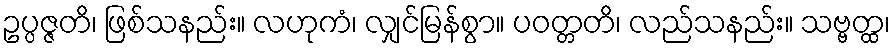
ဥပ္ပဇ္ဇတိ၊ ဖြစ်သနည်း။ လဟုကံ၊ လျှင်မြန်စွာ။ ပဝတ္တတိ၊ လည်သနည်း။ သဗ္ဗတ္ထ၊